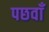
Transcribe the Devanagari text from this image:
पछवाँ